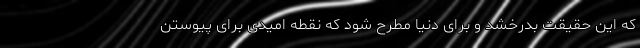
که این حقیقت بدرخشد و برای دنیا مطرح شود که نقطه امیدی برای پیوستن